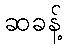
ဆခန့်